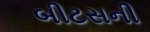
બીટસની